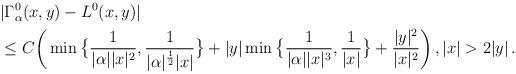
LaTeX: \begin{align*}&| \Gamma_{\alpha}^0(x,y)-L^0(x,y) | \\ & \le C \bigg ( \min \big\{ \frac{1}{|\alpha| |x|^2}, \frac{1}{|\alpha|^{\frac{1}{2}} |x|} \big\}+ |y| \min \big\{ \frac{1}{|\alpha| |x|^3}, \frac{1}{|x|} \big\} + \frac{|y|^2} {|x|^2}\bigg )\,, |x| > 2 |y|\,.\end{align*}